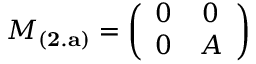
M _ { \bf ( 2 . a ) } = \left( \begin{array} { c c } { { 0 } } & { { 0 } } \\ { { 0 } } & { { A } } \end{array} \right)